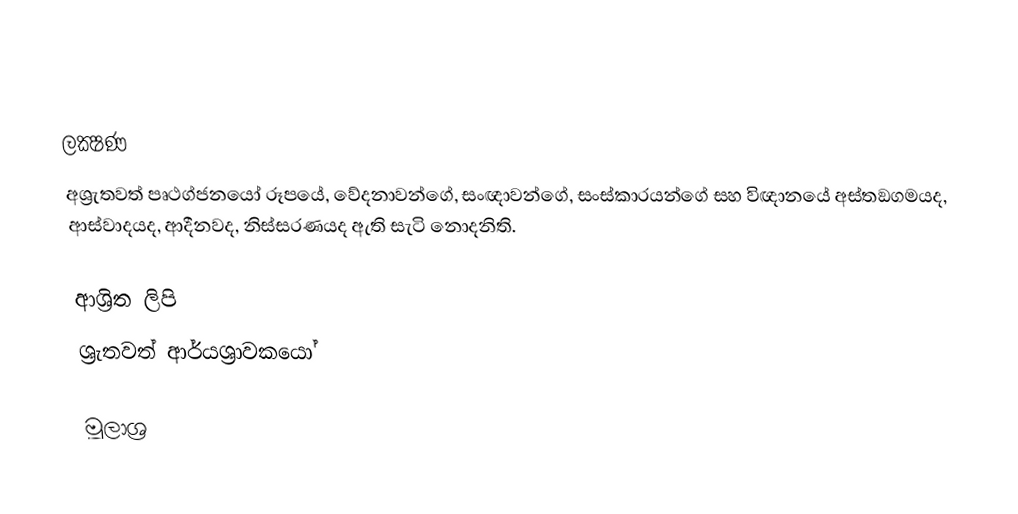

ලක්‍ෂණ
අශ්‍රැතවත් පෘථග්ජනයෝ රූපයේ, වේදනාවන්ගේ, සංඥාවන්ගේ, සංස්කාරයන්ගේ සහ විඥානයේ අස්තඞගමයද, ආස්වාදයද, ආදීනවද, නිස්සරණයද ඇති සැටි නොදනිති.

ආශ්‍රිත ලිපි
 ශ්‍රැතවත් ආර්යශ්‍රාවකයෝ

මූලාශ්‍ර